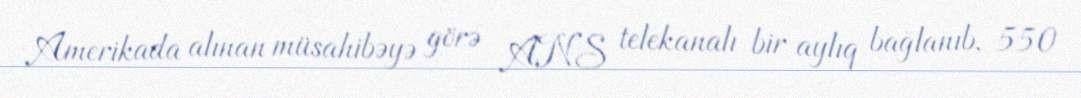
Amerikada alınan müsahibəyə görə ANS telekanalı bir aylıq bağlanıb, 550